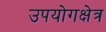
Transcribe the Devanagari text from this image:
उपयोगक्षेत्र